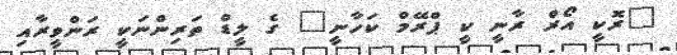
"ރޮކީ އޯރް ރާނީ ކީ ޕްރޭމް ކަހާނީ" ގެ ލީޑް ތަރިންނަކީ ރަންވީރާއި